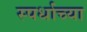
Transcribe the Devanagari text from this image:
स्पर्धाच्या